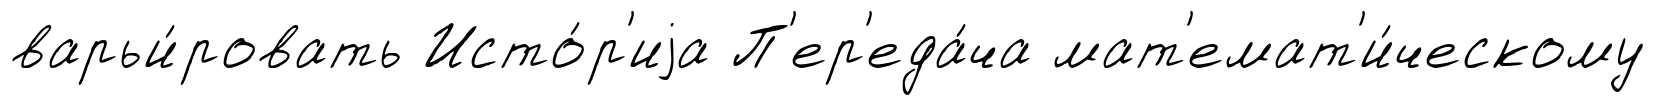
варьи́ровать Исто́р'иjа П'ер'еда́ча мат'емат'и́ческому